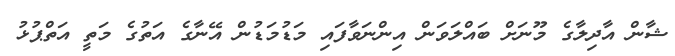
ޝާން އާދިލާގެ މޫނަށް ބައްލަވަން އިންނަވާފައި މަޑުމަޑުން އޭނާގެ އަތުގެ މަތީ އަތްޕުޅު